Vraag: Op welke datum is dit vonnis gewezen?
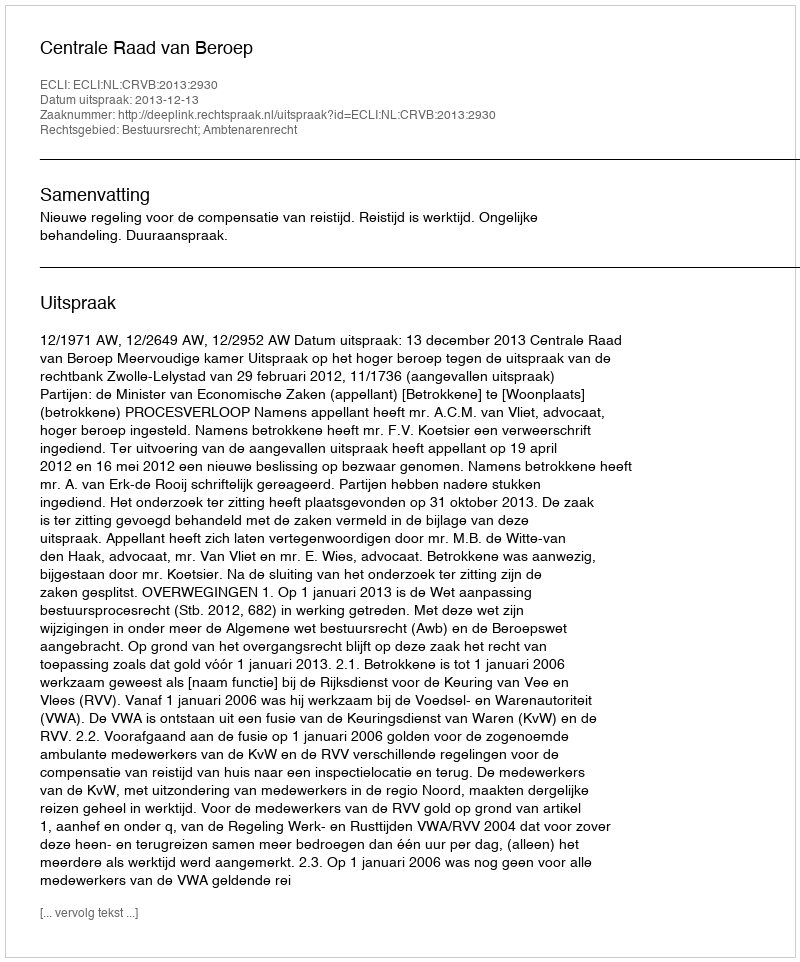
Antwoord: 2013-12-13